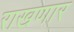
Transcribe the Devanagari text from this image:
राखणार